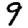
Digit: 9